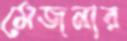
মেজনার